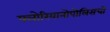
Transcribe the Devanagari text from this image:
फ्लोरियानोपोलिसची